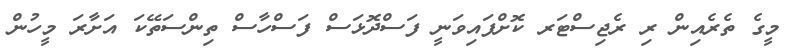
މީގެ ތެރެއިން ރި ރެޖިސްޓަރ ކޮށްފައިވަނީ ފަސްދޮޅަސް ފަސްހާސް ތިންސަތޭކަ އަށާރަ މީހުން